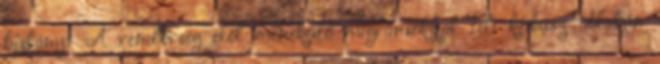
kislányt A rendőrség elől menekülő migránsokkal teli kisbusz ablakán